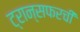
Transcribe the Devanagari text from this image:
ट्रान्सफरची